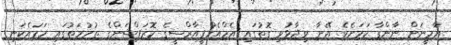
ޔާމީނަށް ނާންގާ ކަމަށެވެ. އޭނާ ވިދާޅުވި ގޮތުގައި އެމްއެެމްޕީއާރްސީގެ ކޮރަޕްޝަންގެ ތުހުމަތުގައި ހަމައެކަނި